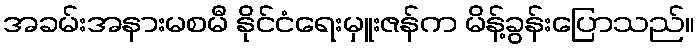
အခမ်းအနားမစမီ နိုင်ငံရေးမှူးဇန်က မိန့်ခွန်းပြောသည်။